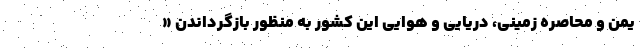
یمن و محاصره زمینی، دریایی و هوایی این کشور به منظور بازگرداندن «